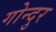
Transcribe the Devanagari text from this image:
गोन्दुर